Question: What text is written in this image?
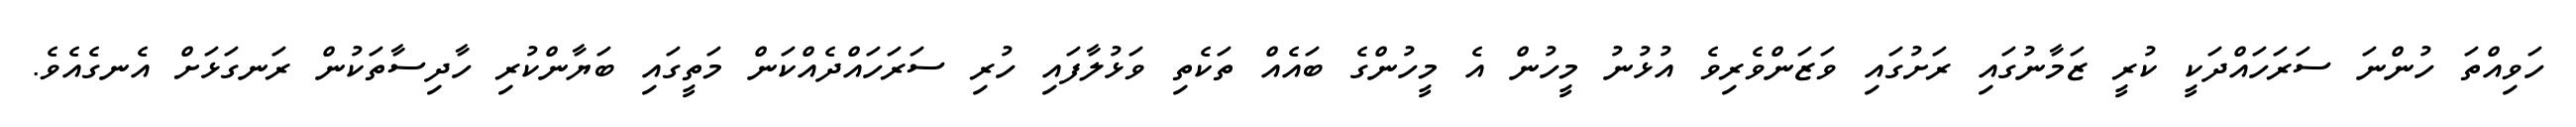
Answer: ހަވިއްތަ ހުންނަ ސަރަހައްދަކީ ކުރީ ޒަމާނުގައި ރަށުގައި ވަޒަންވެރިވެ އުޅުނު މީހުން އެ މީހުންގެ ބައެއް ތަކެތި ވަޅުލާފައި ހުރި ސަރަހައްދެއްކަން މަތީގައި ބަޔާންކުރި ހާދިސާތަކުން ރަނގަޅަށް އެނގެއެވެ.